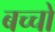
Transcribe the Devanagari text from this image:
बच्‍चो